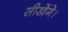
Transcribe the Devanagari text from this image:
सीखेंगे।